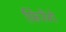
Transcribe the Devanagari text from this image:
फ़िरेंगे